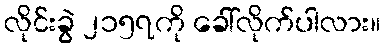
လိုင်းခွဲ ၂၁၅၇ကို ခေါ်လိုက်ပါလား။